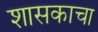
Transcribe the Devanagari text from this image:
शासकाचा